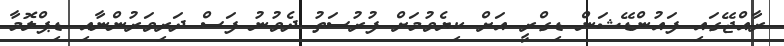
ރާއްޖޭގައި ފައުންޑޭޝަން ޑިގްރީ އަށް ކިޔެވުމަށް ފުރުސަތު ދެވުނު ފަސް ދަރިވަރުންނާއި ޑިޕްލޮމާ